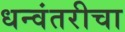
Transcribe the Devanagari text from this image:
धन्वंतरीचा